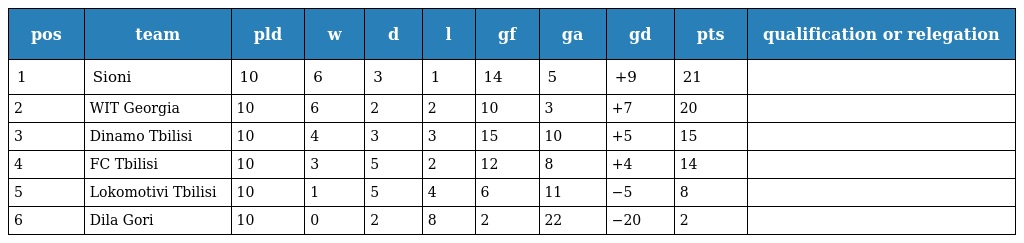
| pos | team | pld | w | d | l | gf | ga | gd | pts | qualification or relegation |
 | --- | --- | --- | --- | --- | --- | --- | --- | --- | --- | --- |
 | 1 | Sioni | 10 | 6 | 3 | 1 | 14 | 5 | +9 | 21 |  |
 | 2 | WIT Georgia | 10 | 6 | 2 | 2 | 10 | 3 | +7 | 20 |  |
 | 3 | Dinamo Tbilisi | 10 | 4 | 3 | 3 | 15 | 10 | +5 | 15 |  |
 | 4 | FC Tbilisi | 10 | 3 | 5 | 2 | 12 | 8 | +4 | 14 |  |
 | 5 | Lokomotivi Tbilisi | 10 | 1 | 5 | 4 | 6 | 11 | −5 | 8 |  |
 | 6 | Dila Gori | 10 | 0 | 2 | 8 | 2 | 22 | −20 | 2 |  |